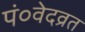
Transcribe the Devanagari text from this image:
पं०वेदव्रत